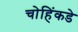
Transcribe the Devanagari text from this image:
चोहिंकडे